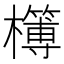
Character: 𣟔